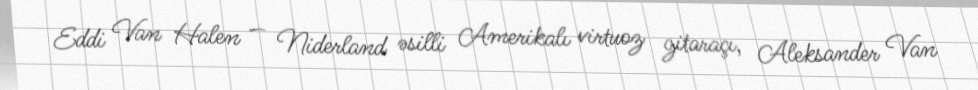
Eddi Van Halen — Niderland əsilli Amerikalı virtuoz gitaraçı, Aleksander Van